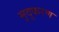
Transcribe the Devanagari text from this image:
मृदूकरण